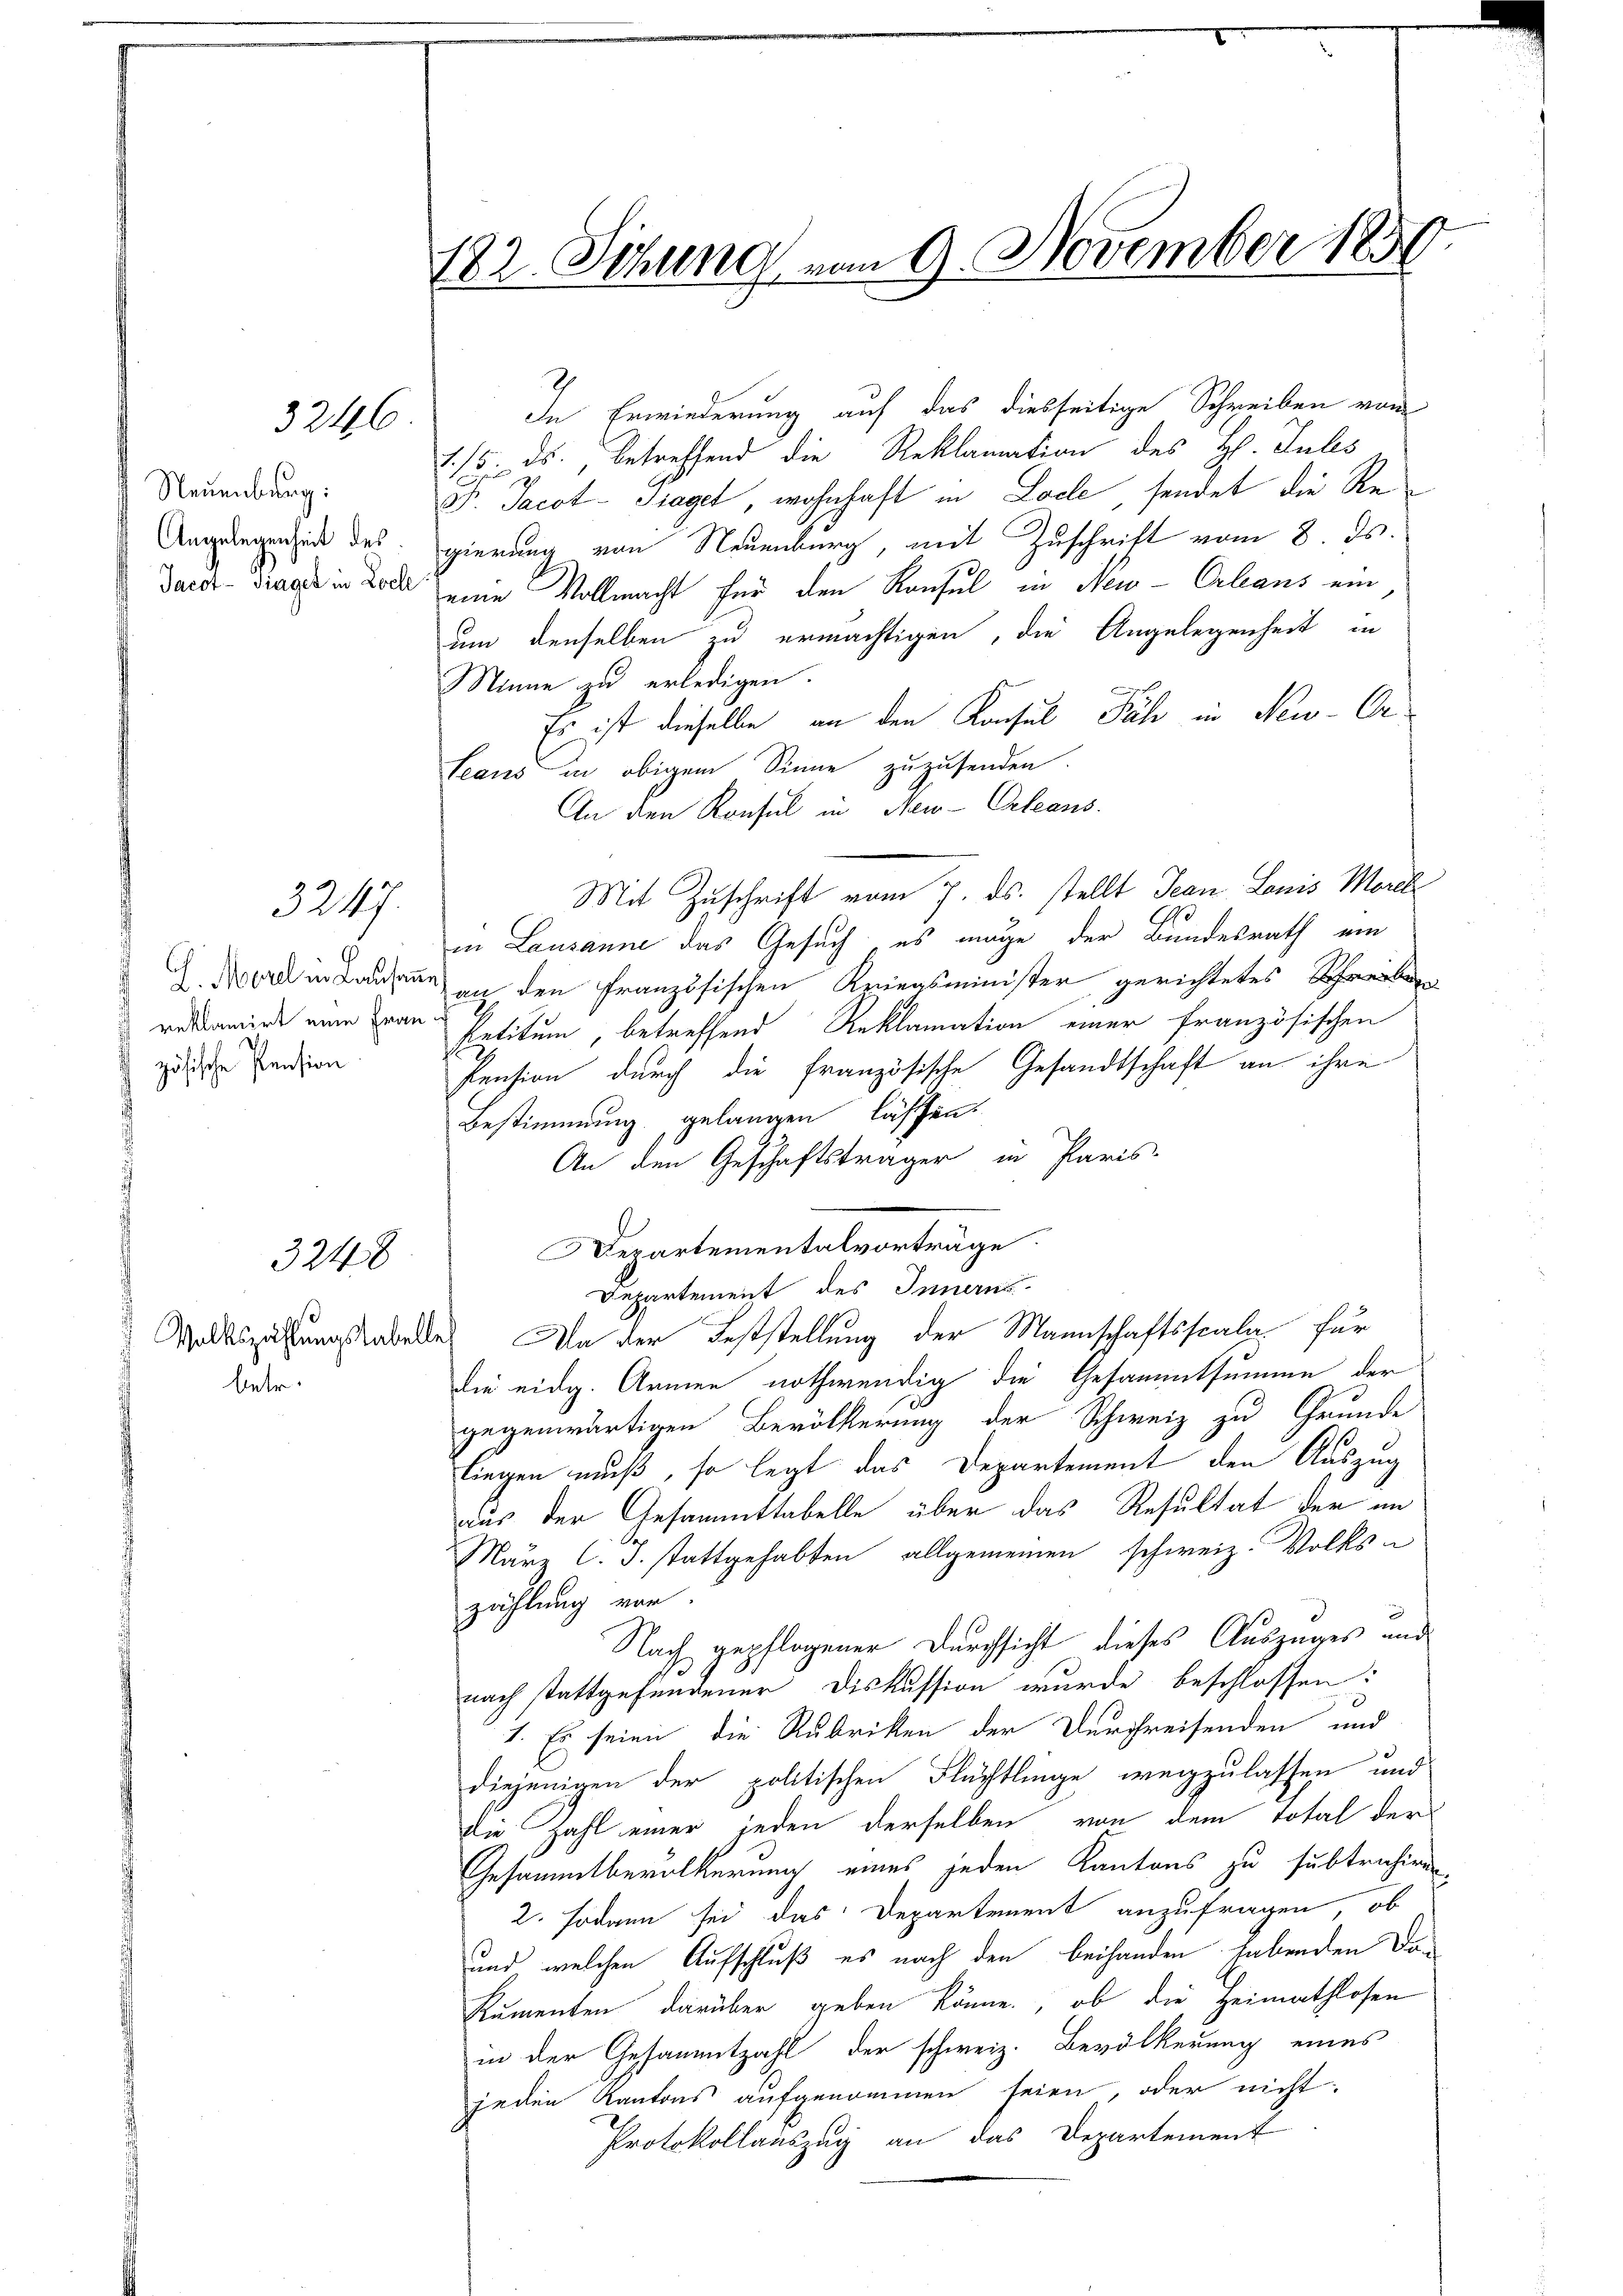
Neuenburg:
Angelegenheit des
Jacot-Siaget in Loche

3246

J. Morel in Lausann
reklamirt eine Frau
zösische Pension

3247.

324 x

Volkszählungstabell
betr.

182. Sitzung vom 9. November 1850.

In Erwiederung auf das diesseitige Schreiben vom
1/5. ds. betreffend die Reklamation des H. Iules
Dr. Jacot-Traget wohnhaft in Loche, sendet die Regierung von Neuenburg, mit Zuschrift vom 8. ds.
eine Vollmacht für den Konsul in New-Orleans ein
um denselben zu ermächtigen, die Angelegenheit in
Minne zu erledigen.
Es ist dieselbe an den Konsul Päh in New-Or¬
Teaus in obigem Sinne zuzusenden.
An den Konsul in New-Orleans
Mit Zuschrift vom 7. ds. stellt Jean Louis Morel
Ge
in Lausanne das Gesuch es möge der Bundesrath ein
an den französischen Kriegsminister gerichtetes Schreiben
Petitum betreffend Reklamation einer französischen
Pension durch die französische Gesandtschaft an ihre
Bestimmung gelangen lassen.
An den Geschäftsträger in Paris
Departementalvorträge.
Departement des Innern
Da der Feststellung der Mannschaftsscala für
die eidg. Armen nothwendig die Gesammtsumme der
gegenwärtigen Bevölkerung der Schweiz zu Grunde
liegen muß, so legt das Departement den Auszug
aus der Gesammttabelle über das Resultat der an
März l. J. stattgehabten allgemeinen schweiz. Volks-
zählung vor.
Nach gepflogener Durchsicht dieses Auszuges und
nach stattgefundener Diskussion wurde beschlossen:
1. Es seien die Rubriken der Durchreisenden und
diejenigen der politischen Flüchtlinge wegzulassen und
die Zahl einer jeden derselben von dem Total der
Gesammtbevölkerung eines jeden Kantons zu subtrahieren.
2. sodann sei das Departement anzufragen, ob
und welchen Aufschluß es nach den behanden habenden Da¬
Sumenten darüber geben könne, ob die Heimathlosen
in der Gesammtzahl der schweiz. Bevölkerung eines
jeden Kantons aufgenommen seien, oder nicht:
Protokollauszug an das Departement